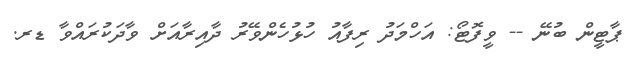
ޕާޓީން ބުނޭ -- ވީފޮޓޯ: އަހްމަދު ރިފާއު ހުޅުހެންވޭރު ދާއިރާއަށް ވާދަކުރައްވާ ޑރ.